Civil Veterinary Department. Madras. Admin. report 1910-25 - 1910-1925
Year: 1910
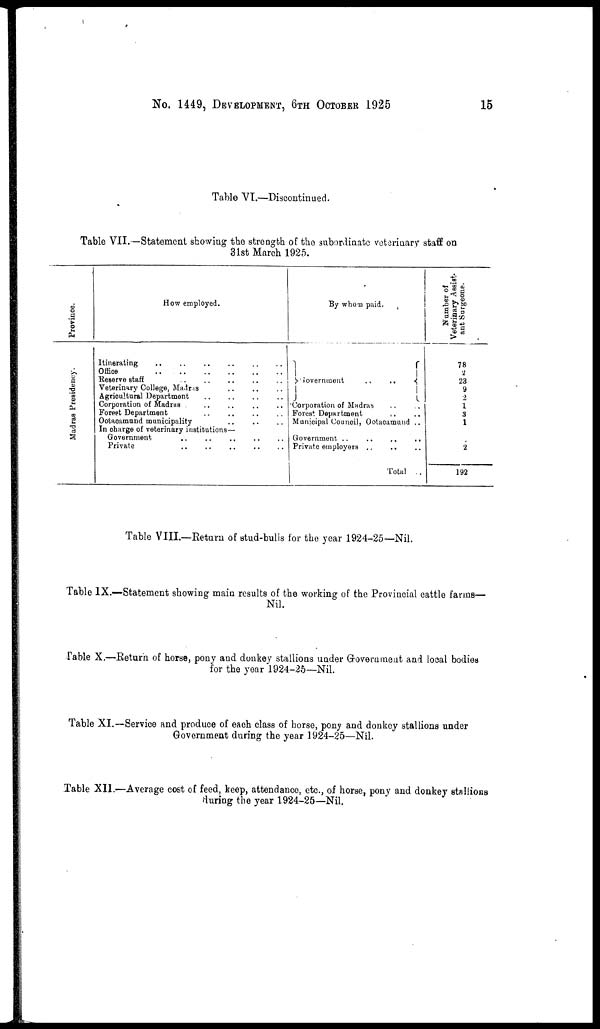
No. 1449, DEVELOPMENT, 6TH OCTOBER 1925
15
Table VI.—Discontinued.
Table VII.—Statement showing the strength of the subordinate veterinary staff on
31st March 1925.
Province.
Madras Presidency.
How employed.
Itinerating .. .. .. .. .. ..
Office
..
..
..
..
..
..
Reserve staff .. .. .. .. .. ..
Veterinary College, Madras .. .. .. ..
Agricultural Department
..
..
..
..
Corporation of Madras
Forest Department .. .. .. .. .. ..
Ootacamund municipality .. .. .. .. .. ..
In charge of veterinary institutions—
Government .. .. .. ..
Private
..
..
..
..
By whom paid.
Government
..
..
..
Corporation of Madras .. ..
Forest Department .. ..
Municipal Council, Cotaoamund ..
Government ..
..
..
..
Private employers .. .. .. ..
Total ..
Number of
Veterinary Assist-
ant Surgeons.
78
2
23
9
2
1
3
1
2
192
Table VIII.—Return of stud-bulls for the year 1924-25—Nil.
Table IX.—Statement showing main results of the working of the Provincial cattle farms—
Nil.
Table X.—Return of horse, pony and donkey stallions under Grovernment and local bodies
for the year 1924-25—Nil.
Table XI.—Service and produce of each class of horse, pony and donkey stallions under
Government during the year 1924-25—Nil.
Table XII.—Average cost of feed, keep, attendance, etc., of horse, pony and donkey stallions
during the year 1924-25—Nil.